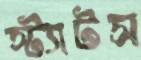
স্ট্যাটস